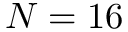
N = 1 6